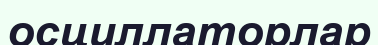
осциллаторлар